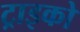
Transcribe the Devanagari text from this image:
ट्राइको